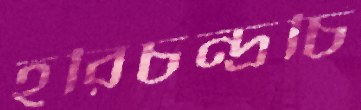
হরিচন্দ্রচি